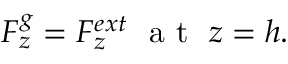
{ { F } _ { z } ^ { g } } = F _ { z } ^ { e x t } ~ { \mathrm { ~ a ~ t ~ } } ~ { { z = h } } { . }